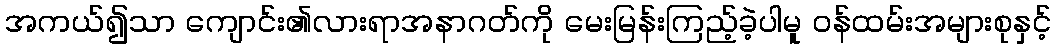
အကယ်၍သာ ကျောင်း၏လားရာအနာဂတ်ကို မေးမြန်းကြည့်ခဲ့ပါမူ ဝန်ထမ်းအများစုနှင့်